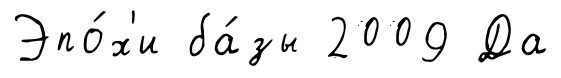
Эпо́х'и ба́зы 2009 Да